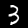
Label: 3